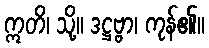
ဣတိ၊ သို့။ ဒဋ္ဌဗ္ဗာ၊ ကုန်၏။